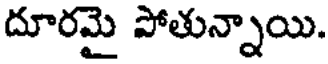
దూరమై పోతున్నాయి.